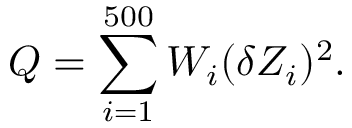
Q = \sum _ { i = 1 } ^ { 5 0 0 } W _ { i } ( \delta Z _ { i } ) ^ { 2 } .